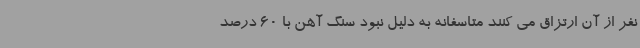
نفر از آن ارتزاق می کنند متاسفانه به دلیل نبود سنگ آهن با 60 درصد